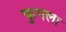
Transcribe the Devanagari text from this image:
फुगला